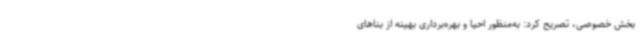
بخش خصوصی، تصریح کرد: به‌منظور احیا و بهره‌برداری بهینه از بناهای